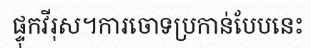
ផ្ទុកវីរុស។ការចោទប្រកាន់បែបនេះ